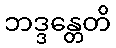
ဘဒ္ဒန္တေတိ